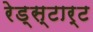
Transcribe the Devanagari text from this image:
रेड्स्टार्ट